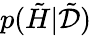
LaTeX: p(\tilde{H}|\tilde{\mathcal{D}})